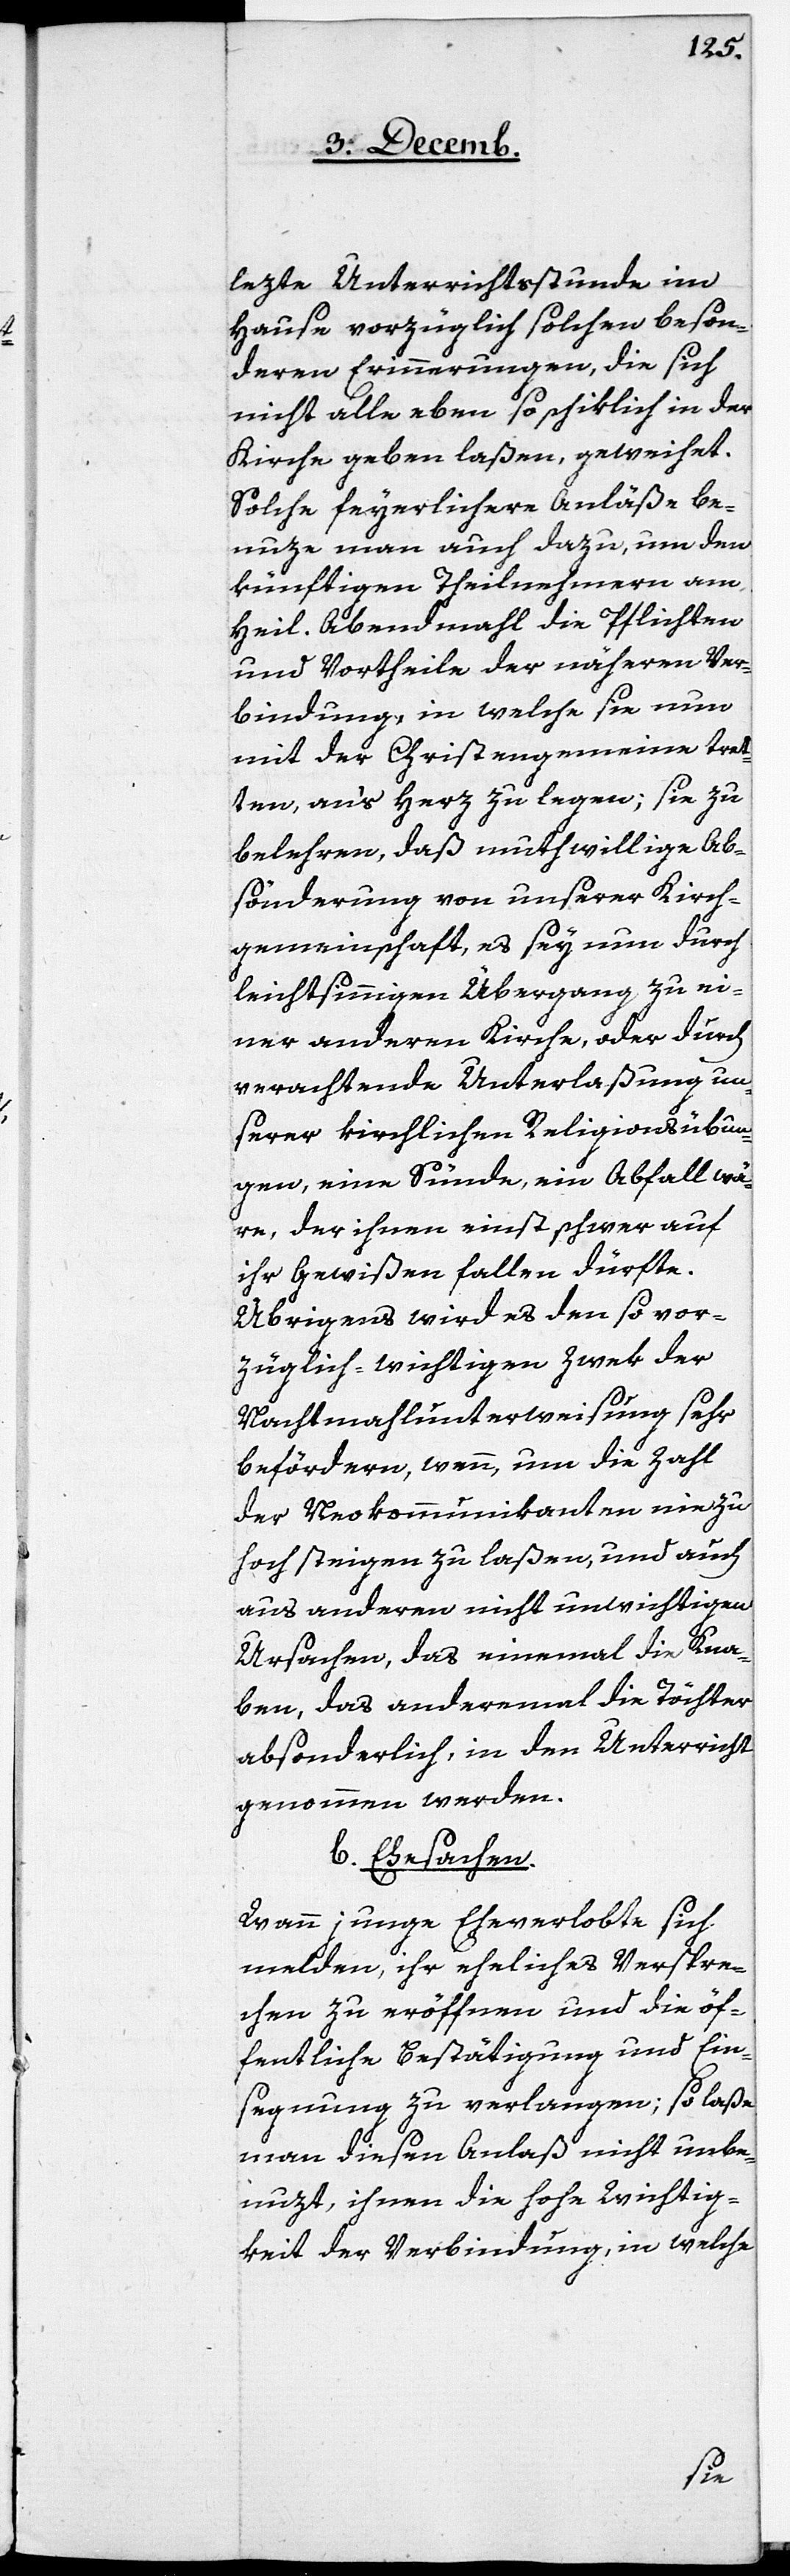
lezte Unterrichtsstunde im
Hause vorzüglich solchen beson¬
deren Erinnerungen, die sich
nicht alle eben so schiklich in der
Kirche geben laßen, geweihet.
Solche feyerlichere Anläße be¬
nuze man auch dazu, um den
künftigen Theilnehmern am
heil. Abendmahl die Pflichten
und Vortheile der näheren Ver¬
bindung, in welche sie nun
mit der Christengemeine tret¬
ten, an‘s Herz zu legen; sie zu
belehren, daß muthwillige Ab¬
sönderung von unserer Kirch¬
gemeinschaft, es sey nun durch
leichtsinnigen Übergang zu ei¬
ner anderen Kirche, oder durch
verachtende Unterlaßung un¬
serer kirchlichen Religionsübun¬
gen, eine Sünde, ein Abfall wä¬
re, der ihnen einst schwer auf
ihr Gewißen fallen dürfte.
Übrigens wird es den so vor¬
züglich-wichtigen Zwek der
Nachtmahlunterweisung sehr
befördern, wenn, um die Zahl
der Neokommunikanten nie zu
hoch steigen zu laßen, und auch
aus anderen nicht unwichtigen
Ursachen, das einemal die Kna¬
ben, das anderemal die Töchter
absonderlich, in den Unterricht
genommen werden.
b. Ehesachen.
Wann junge Eheverlobte sich
melden, ihr eheliches Verspre¬
chen zu eröffnen und die öf¬
fentliche Bestätigung und Ein¬
segnung zu verlangen; so laße
man diesen Anlaß nicht unbe¬
nuzt, ihnen die hohe Wichtig¬
keit der Verbindung, in welche